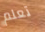
تعلم